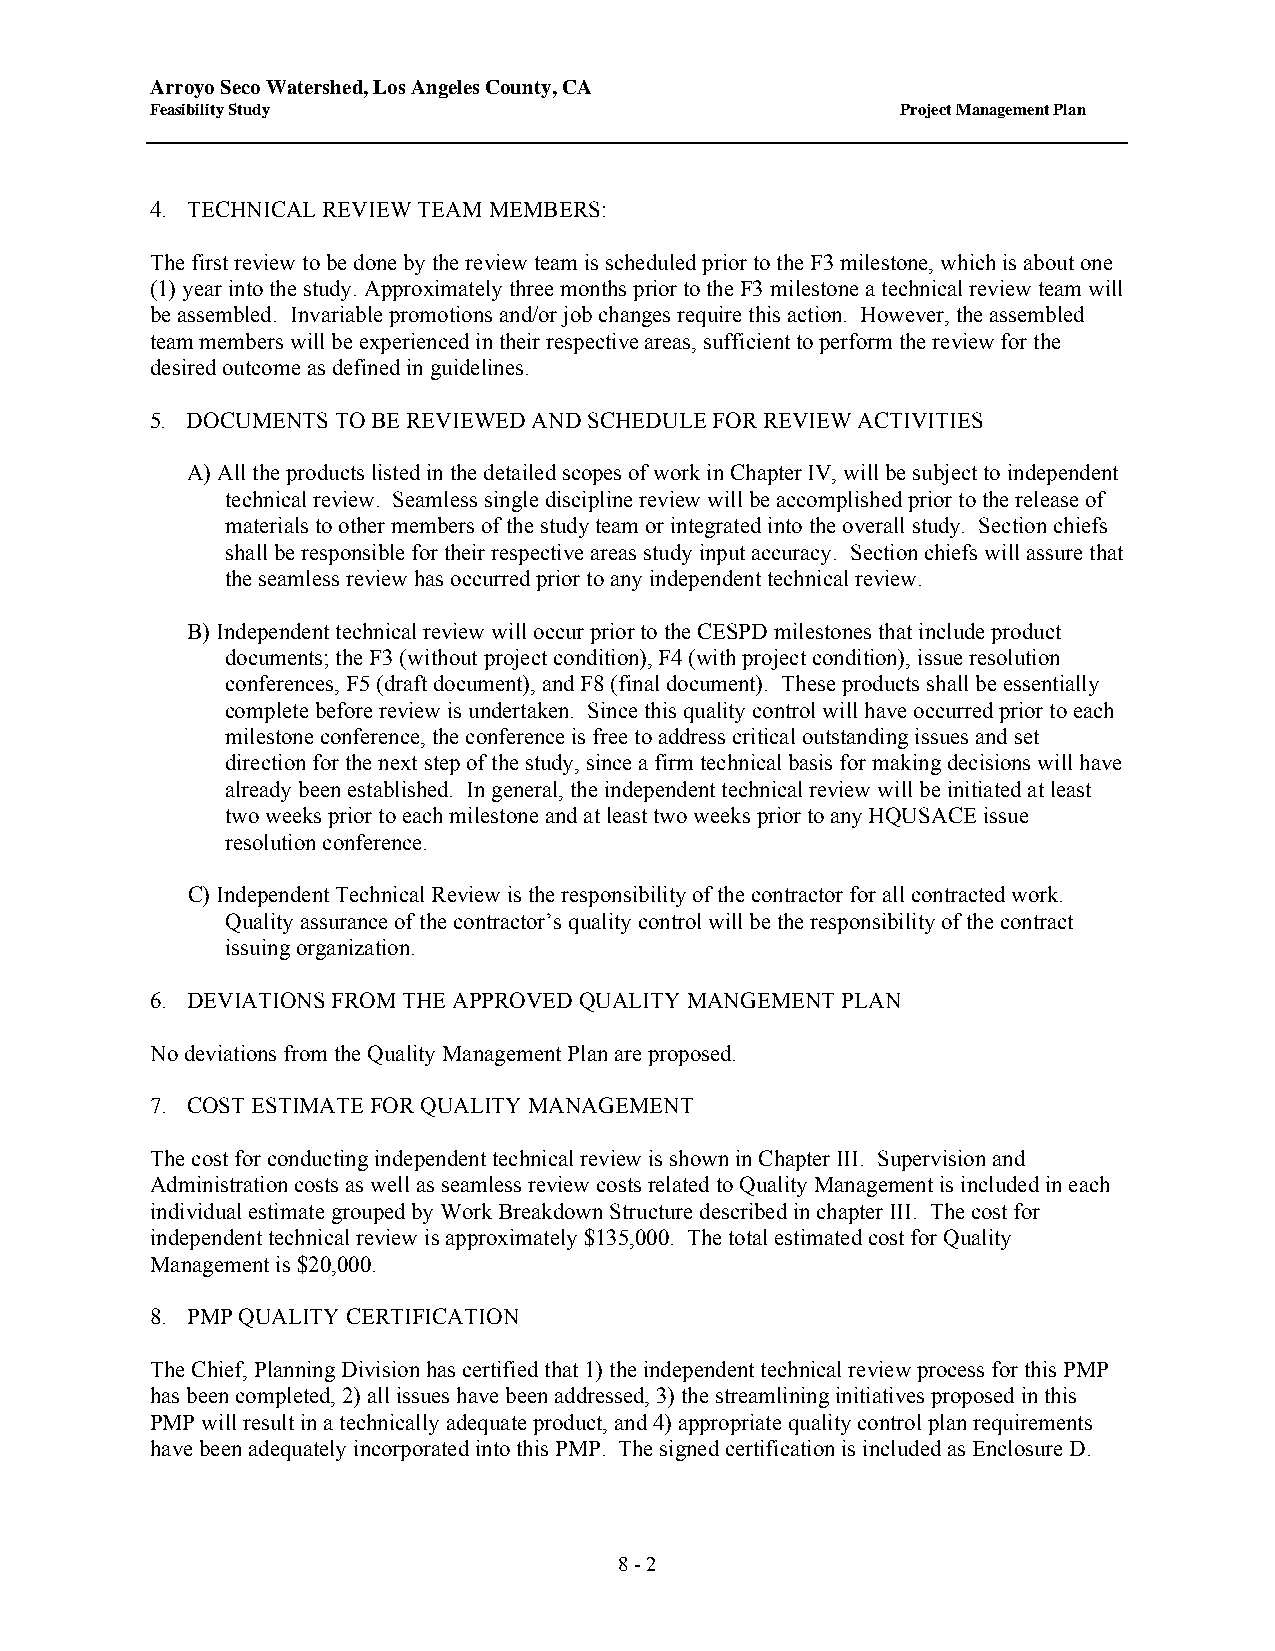
Arroyo Seco Watershed, Los Angeles County, CA
 Feasibility Study                                 Project Management Plan
 4. TECHNICAL REVIEW TEAM MEMBERS:
 The first review to be done by the review team is scheduled prior to the F3 milestone, which is about one
 (1) year into the study. Approximately three months prior to the F3 milestone a technical review team will
 be assembled. Invariable promotions and/or job changes require this action. However, the assembled
 team members will be experienced in their respective areas, sufficient to perform the review for the
 desired outcome as defined in guidelines.
 5. DOCUMENTS TO BE REVIEWED AND SCHEDULE FOR REVIEW ACTIVITIES
 A) All the products listed in the detailed scopes of work in Chapter IV, will be subject to independent
 technical review. Seamless single discipline review will be accomplished prior to the release of
 materials to other members of the study team or integrated into the overall study. Section chiefs
 shall be responsible for their respective areas study input accuracy. Section chiefs will assure that
 the seamless review has occurred prior to any independent technical review.
 B) Independent technical review will occur prior to the CESPD milestones that include product
 documents; the F3 (without project condition), F4 (with project condition), issue resolution
 conferences, F5 (draft document), and F8 (final document). These products shall be essentially
 complete before review is undertaken. Since this quality control will have occurred prior to each
 milestone conference, the conference is free to address critical outstanding issues and set
 direction for the next step of the study, since a firm technical basis for making decisions will have
 already been established. In general, the independent technical review will be initiated at least
 two weeks prior to each milestone and at least two weeks prior to any HQUSACE issue
 resolution conference.
 C) Independent Technical Review is the responsibility of the contractor for all contracted work.
 Quality assurance of the contractor’s quality control will be the responsibility of the contract
 issuing organization.
 6. DEVIATIONS FROM THE APPROVED QUALITY MANGEMENT PLAN
 No deviations from the Quality Management Plan are proposed.
 7. COST ESTIMATE FOR QUALITY MANAGEMENT
 The cost for conducting independent technical review is shown in Chapter III. Supervision and
 Administration costs as well as seamless review costs related to Quality Management is included in each
 individual estimate grouped by Work Breakdown Structure described in chapter III. The cost for
 independent technical review is approximately $135,000. The total estimated cost for Quality
 Management is $20,000.
 8. PMP QUALITY CERTIFICATION
 The Chief, Planning Division has certified that 1) the independent technical review process for this PMP
 has been completed, 2) all issues have been addressed, 3) the streamlining initiatives proposed in this
 PMP will result in a technically adequate product, and 4) appropriate quality control plan requirements
 have been adequately incorporated into this PMP. The signed certification is included as Enclosure D.
 8 - 2